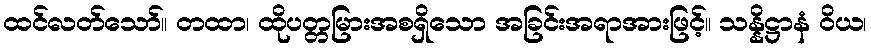
ထင်လတ်သော်။ တထာ၊ ထိုပတ္တမြားအစရှိသော အခြင်းအရာအားဖြင့်။ သန္နိဋ္ဌာနံ ဝိယ၊